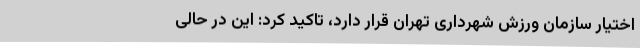
اختیار سازمان ورزش شهرداری تهران قرار دارد، تاکید کرد: این در حالی